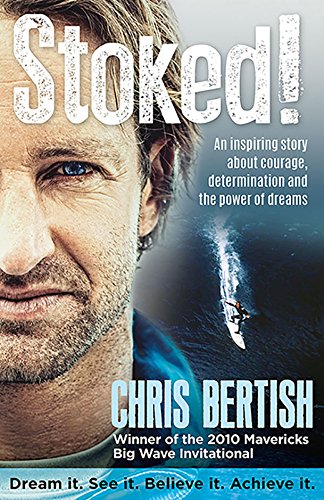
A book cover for Stoked!: An inspiring story about courage, determination and the power of dreams; Chris Bertish; Sports & Outdoors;